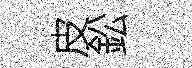
皮鈆